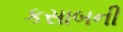
કસાબની